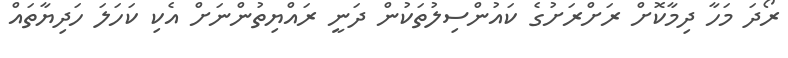
ރޯދަ މަހާ ދިމާކޮށް ރަށްރަށުގެ ކައުންސިލުތަކުން ދަނީ ރައްޔިތުންނަށް އެކި ކަހަލަ ހަދިޔާތައް